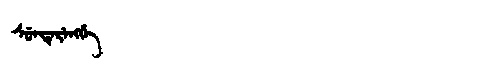
Manchu: ᠰᡠᠨᡨᡝᡵᡝᠩᡤᡝ
Romanization: SUNTERENGGE